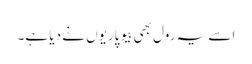
اسے یہ رول بھی بیوپاریوں نے دیا ہے۔